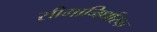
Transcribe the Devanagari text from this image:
सीमानिर्धारक